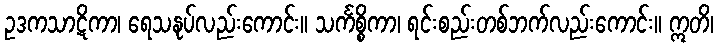
ဥဒကသာဋိကာ၊ ရေသနုပ်လည်းကောင်း။ သင်္ကစ္စိကာ၊ ရင်းစည်းတစ်ဘက်လည်းကောင်း။ ဣတိ၊